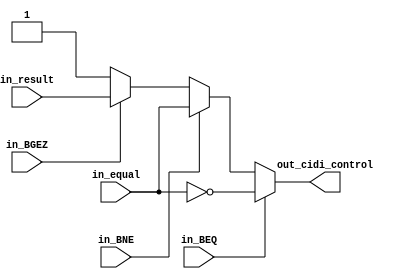
//==================================================================================================
//  Revision      : 
//
//  Description   : 
//
//
//==================================================================================================
module CIDI(in_BGEZ,in_BNE,in_BEQ,in_result,in_equal,out_cidi_control);
	input in_BGEZ;
	input in_BNE;
	input in_BEQ;
	input in_result;
	input in_equal;
	output reg out_cidi_control;
	always @(*) begin
		out_cidi_control = in_BEQ?~in_equal:(in_BNE?in_equal:(in_BGEZ?in_result:1));
	end
endmodule